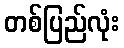
တစ်ပြည်လုံး